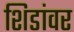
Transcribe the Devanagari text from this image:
शिडांवर